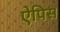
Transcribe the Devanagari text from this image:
ऐपिस